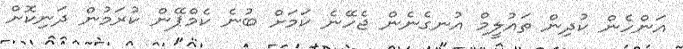
އަންހެން ކުދިން ތައުލީމް އުނގެނެން ޖެހޭނެ ކަމަށް ބުނެ ކެމްޕޭން ކުރަމުން ދަނިކޮށް